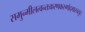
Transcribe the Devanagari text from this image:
समुन्मीलत्वन्तःकरणकरुणोद्गारचतुरः